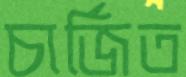
চার্জিত